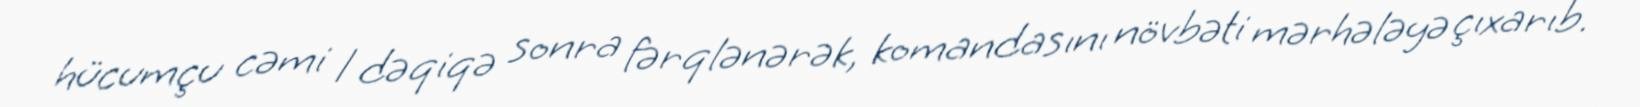
hücumçu cəmi 1 dəqiqə sonra fərqlənərək, komandasını növbəti mərhələyə çıxarıb.